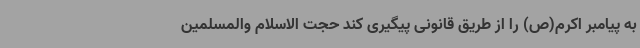
به پیامبر اکرم(ص) را از طریق قانونی پیگیری کند حجت الاسلام والمسلمین